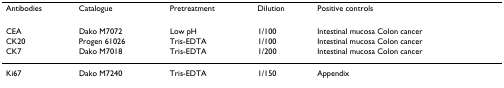
| Antibodies | Catalogue | Pretreatment | Dilution | Positive controls |
 | --- | --- | --- | --- | --- |
 | CEA | Dako M7072 | Low pH | 1/100 | Intestinal mucosa Colon cancer |
 | CK20 | Progen 61026 | Tris-EDTA | 1/100 | Intestinal mucosa Colon cancer |
 | CK7 | Dako M7018 | Tris-EDTA | 1/200 | Intestinal mucosa Colon cancer |
 | Ki67 | Dako M7240 | Tris-EDTA | 1/150 | Appendix |